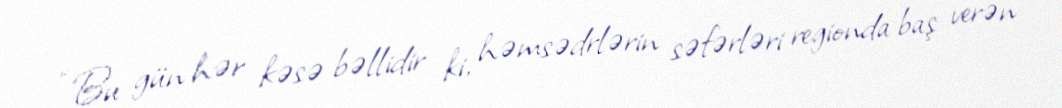
“Bu gün hər kəsə bəllidir ki, həmsədrlərin səfərləri regionda baş verən